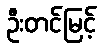
ဦးတင်မြင့်